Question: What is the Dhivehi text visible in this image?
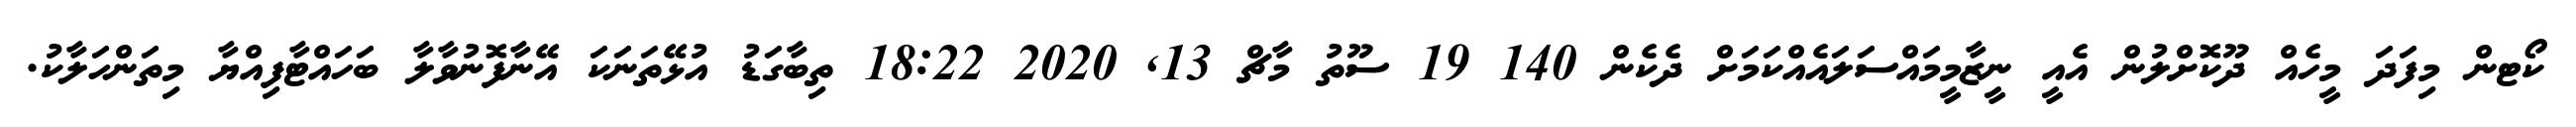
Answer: ކޯޓން މިފަދަ މީހެއް ދޫކޮށްލުން އެއީ ނީޒާމީމައްސަލައެއްކަމަށް ދެކެން 140 19 ސޫތު މާޗް 13, 2020 18:22 ތިބާގަޑު އުޅޭތަނަކަ އޭނާފޮނުވާލާ ބަހައްޓާފިއްޔާ މިތަންހަލާކު.